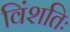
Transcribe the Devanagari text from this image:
विंशतिः